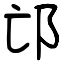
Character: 邙